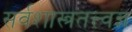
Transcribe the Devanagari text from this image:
सर्वशास्त्रतत्त्वज्ञ